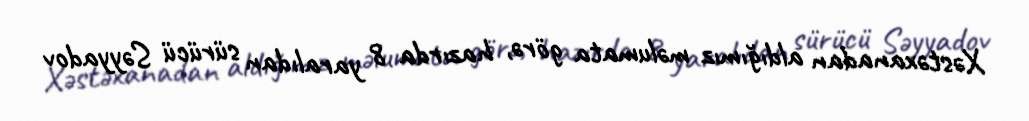
Xəstəxanadan aldığımız məlumata görə, hazırda 8 yaralıdan sürücü Səyyadov